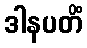
ဒါနပတိံ